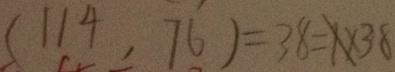
( 1 1 4 , 7 6 ) = 3 8 = X \times 3 8